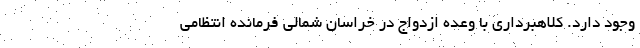
وجود دارد. کلاهبرداری با وعده ازدواج در خراسان شمالی فرمانده انتظامی